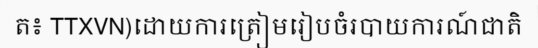
ត៖ TTXVN)ដោយការត្រៀមរៀបចំរបាយការណ៍ជាតិ